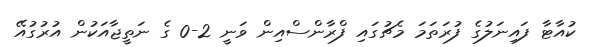
ކުއާޓާ ފައިނަލުގެ ފުރަތަމަ މެޗުގައި ފްރާންސްއިން ވަނީ 2-0 ގެ ނަތީޖާއަކުން އުރުގުއޭ